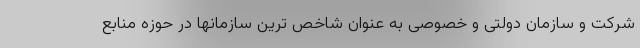
شرکت و سازمان دولتی و خصوصی به عنوان شاخص ترین سازمانها در حوزه منابع